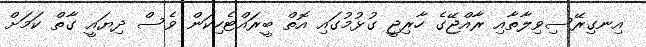
އިނގިރޭސިވިލާތާއި ރާއްޖޭގެ ހާރިޖީ ގުޅުމުގައި އޮތް ބީރައްޓެހިކަން ވެސް ދިޔައީ ގާތް ކަމަށް